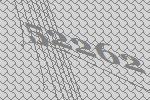
52262